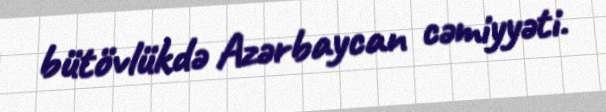
bütövlükdə Azərbaycan cəmiyyəti.